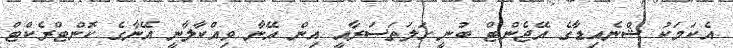
އެކަމަކު ޝްނެއިޑާގެ އޭޖެންޓް ބުނީ ގަލަތަސަރާއީ އިން އޭނާ ވިއްކާލާނީ އޭނާގެ ކޮންޓްރެކްޓް